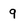
Character: q